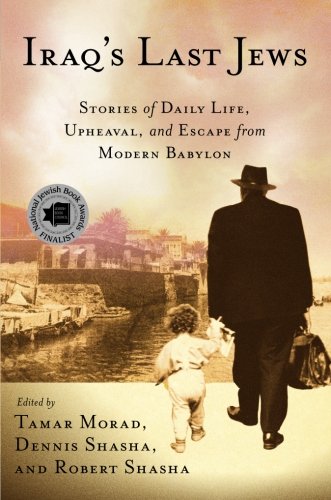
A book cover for Iraq's Last Jews: Stories of Daily Life, Upheaval, and Escape from Modern Babylon (Palgrave Studies in Oral History); Tamar Morad; History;